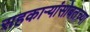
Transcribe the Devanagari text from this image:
सहकार्‍यांसोबतच्या